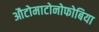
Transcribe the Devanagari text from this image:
औटोमाटोनोफोबिया